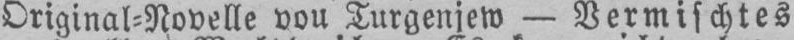
Original⸗Novelle von Turgenjew - Vermischtes